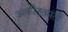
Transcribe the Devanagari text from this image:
अकीदतमंतो